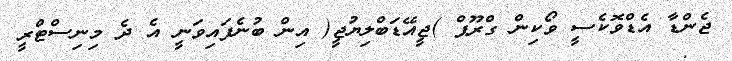
ޖެންޑާ އެޑްވޮކެސީ ވޯކިން ގްރޫޕް )ޖީއޭޑަބްލިޔުޖީ( އިން ބުނެފައިވަނީ އެ ދެ މިނިސްޓްރީ